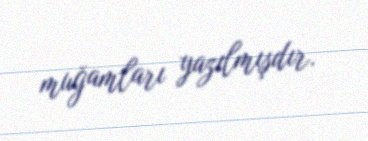
muğamları yazılmışdır.